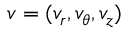
v = ( v _ { r } , v _ { \theta } , v _ { z } )